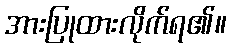
အားပြုထားလိုက်ရ၏။